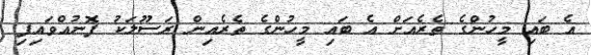
އެ ބައި މީހުންގެ ތެރެއަށް އެ ބައި މީހުންގެ ތެރެއިން ރަސޫލަކު ފޮނުއްވައިފި